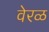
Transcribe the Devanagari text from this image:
वेरळ